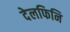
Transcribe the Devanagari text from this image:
देलफिनि